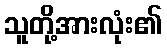
သူတို့အားလုံး၏